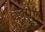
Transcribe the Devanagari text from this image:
चुपा